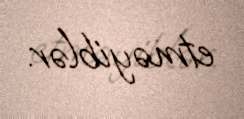
etməyiblər.